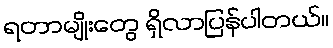
ရတာမျိုးတွေ ရှိလာပြန်ပါတယ်။